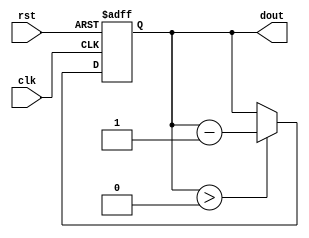
`timescale 1ns/1ns


module down ( 
dout,

clk,
rst

);

output	[7:0]	dout;

input	clk, rst;

reg		[7:0]	dout;
always @(posedge clk or negedge rst) 
begin
	if(!rst) begin
		dout <= 8'hff;
	end
	else begin
		if(dout > 8'd0)
			dout <= dout- 1'b1;
		else
			dout <= dout ;
	end

end

endmodule